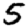
Digit: 5